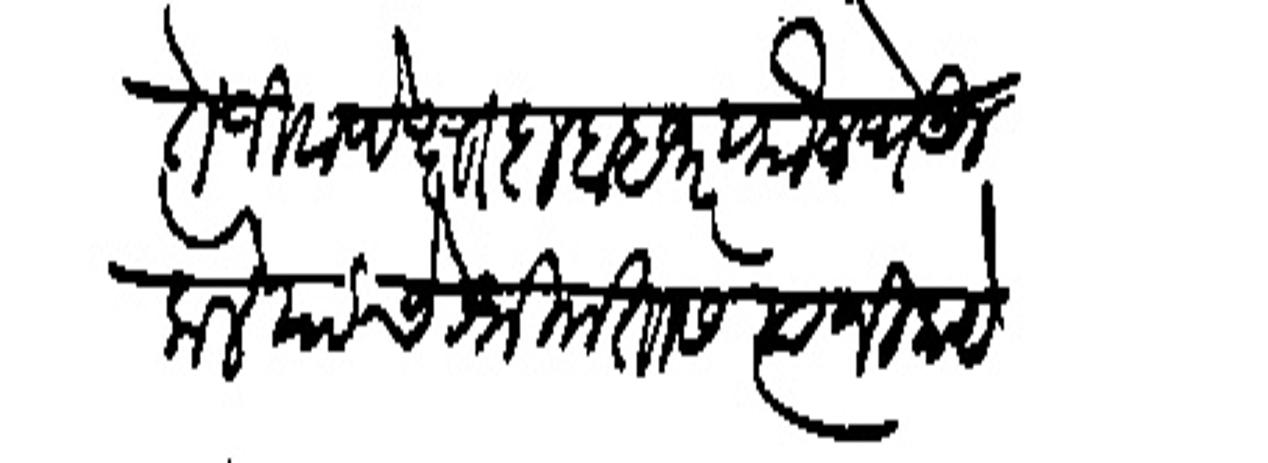
Transliteration (Devanagari): तें जिवापेक्षा दाहा हजार फौज पेऊन केलें याचे श्रीमंतास त्यानी काये